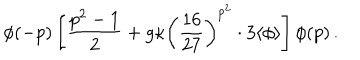
\phi ( - p ) \left[ \frac { p ^ { 2 } - 1 } { 2 } + g \kappa \left( \frac { 1 6 } { 2 7 } \right) ^ { p ^ { 2 } } \cdot 3 \langle \phi \rangle \right] \phi ( p ) \, .